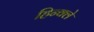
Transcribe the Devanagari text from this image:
हिन्क्ले